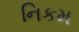
નિકમ